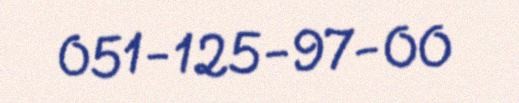
051-125-97-00